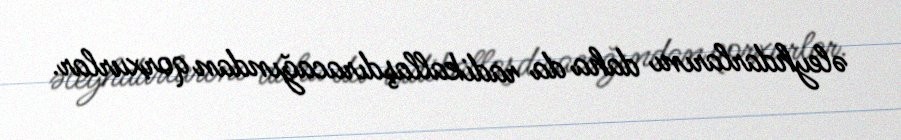
əleyhdarlarını daha da radikallaşdıracağından qorxurlar.